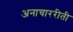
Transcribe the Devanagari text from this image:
अनाचाररीती